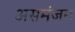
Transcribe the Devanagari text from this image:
असमंजन